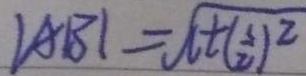
\vert A B \vert = \sqrt { c t ( \frac { 3 } { 2 } } ) ^ { 2 }